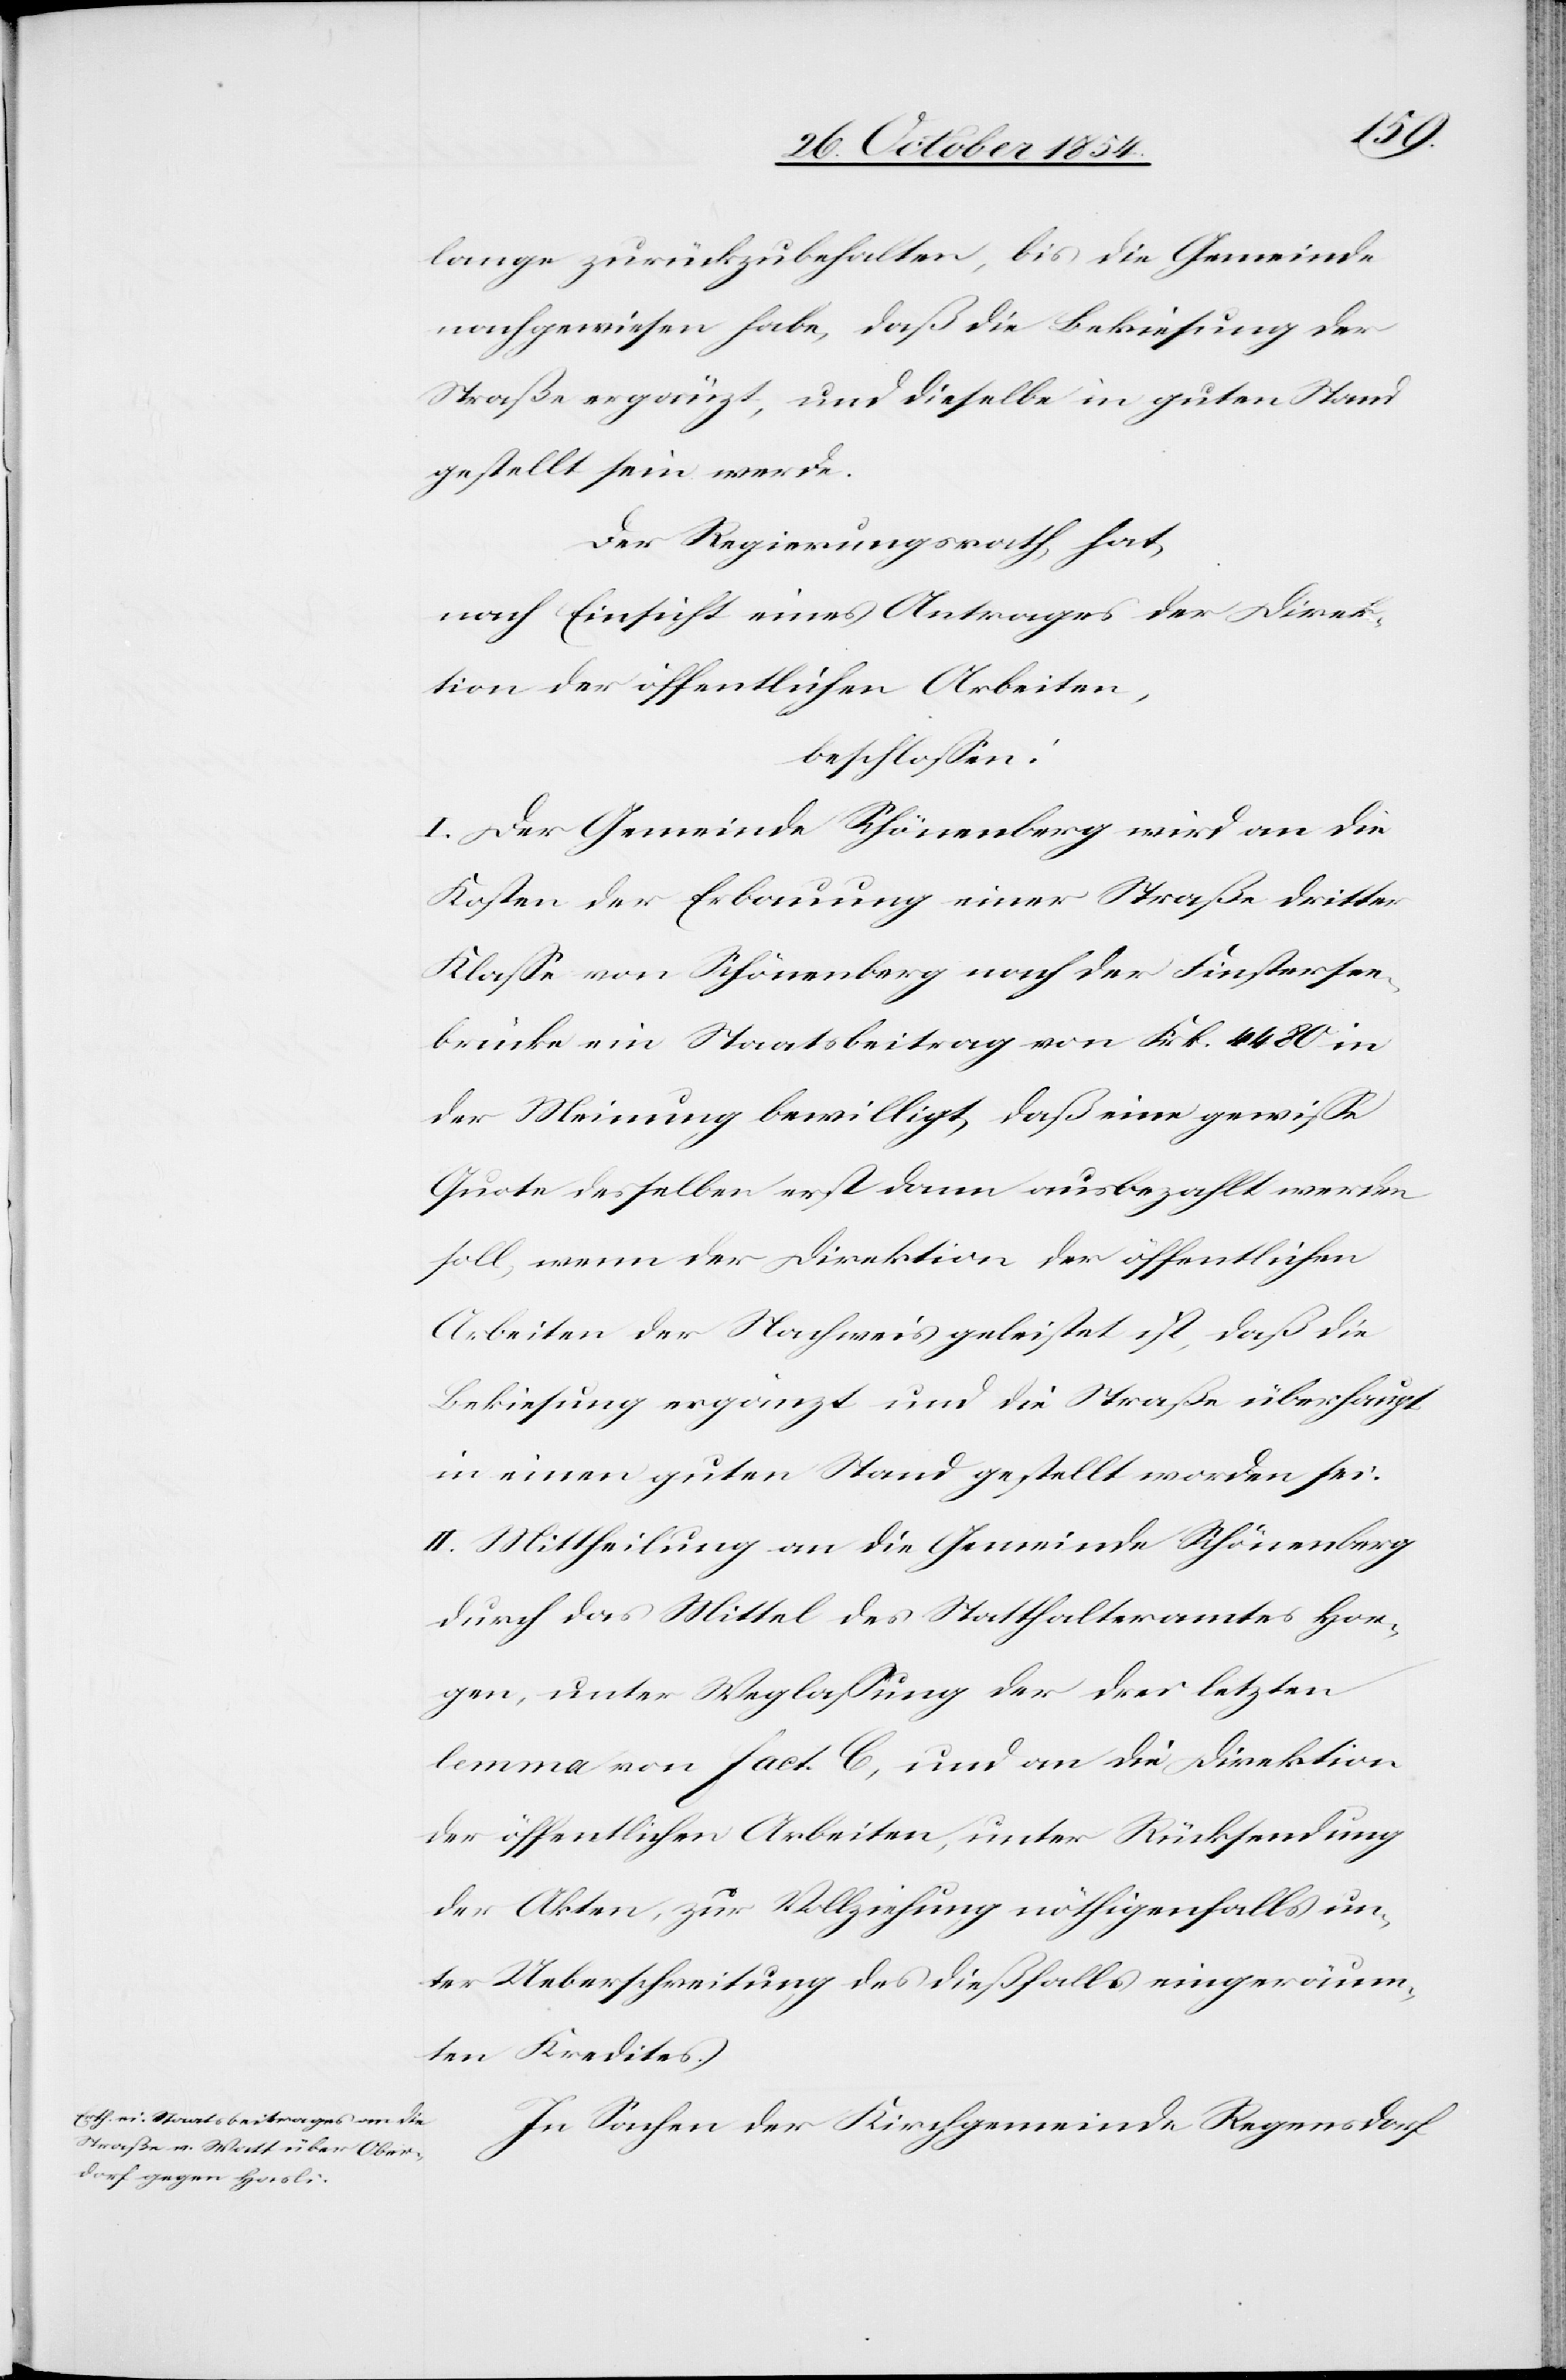
lange zurückzubehalten, bis die Gemeinde
nachgewiesen habe, daß die Bekiesung der
Straße ergänzt, und dieselbe in guten Stand
gestellt sein werde.
Der Regierungsrath hat
nach Einsicht eines Antrages der Direk¬
tion der öffentlichen Arbeiten,
beschloßen:
I. Der Gemeinde Schönenberg wird an die
Kosten der Erbauung einer Straße dritter
Klaße von Schönenberg nach der Finstersee¬
brücke ein Staatsbeitrag von Frk. 4480 in
der Meinung bewilligt, daß eine gewiße
Quote desselben erst dann ausbezahlt werden
soll, wenn der Direktion der öffentlichen
Arbeiten der Nachweis geleistet ist, daß die
Bekiesung ergänzt und die Straße überhaupt
in einen guten Stand gestellt worden sei.
II. Mittheilung an die Gemeinde Schönenberg
durch das Mittel des Statthalteramtes Hor¬
gen, unter Weglaßung der drei letzten
lemma von fact. C, und an die Direktion
der öffentlichen Arbeiten, unter Rücksendung
der Akten, zur Vollziehung nöthigenfalls un¬
ter Ueberschreitung des dießfalls eingeräum¬
ten Kredites.
In Sachen der Kirchgemeinde Regensdorf